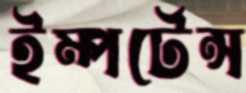
ইম্পর্টেন্স